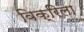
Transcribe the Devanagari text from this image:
विक्रिला